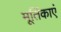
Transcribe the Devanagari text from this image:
मूर्तिकाएं